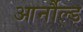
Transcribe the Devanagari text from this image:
आर्नौल्ड